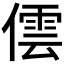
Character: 𠎉